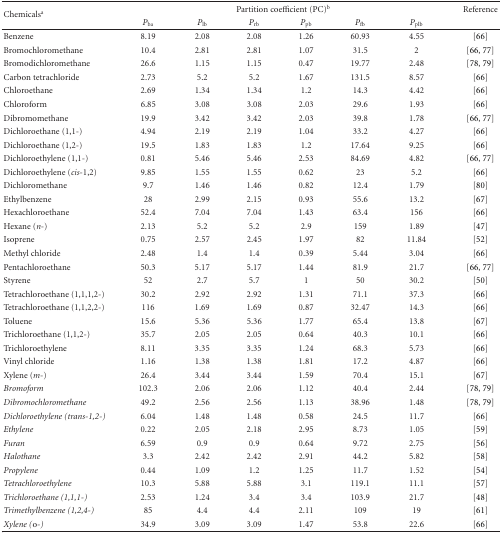
<table><thead><tr><td rowspan="2"><b>Chemicals<sup>a</sup></b></td><td colspan="6"><b>Partition coefficient (PC)<sup>b</sup></b></td><td><b>Reference</b></td></tr><tr><td><b><i>P</i><sub>ba</sub></b></td><td><b><i>P</i><sub>lb</sub></b></td><td><b><i>P</i><sub>rb</sub></b></td><td><b><i>P</i><sub>pb</sub></b></td><td><b><i>P</i><sub>fb</sub></b></td><td><b><i>P</i><sub>plb</sub></b></td><td></td></tr></thead><tbody><tr><td>Benzene</td><td>8.19</td><td>2.08</td><td>2.08</td><td>1.26</td><td>60.93</td><td>4.55</td><td>[66]</td></tr><tr><td>Bromochloromethane</td><td>10.4</td><td>2.81</td><td>2.81</td><td>1.07</td><td>31.5</td><td>2</td><td>[66, 77]</td></tr><tr><td>Bromodichloromethane</td><td>26.6</td><td>1.15</td><td>1.15</td><td>0.47</td><td>19.77</td><td>2.48</td><td>[78, 79]</td></tr><tr><td>Carbon tetrachloride</td><td>2.73</td><td>5.2</td><td>5.2</td><td>1.67</td><td>131.5</td><td>8.57</td><td>[66]</td></tr><tr><td>Chloroethane</td><td>2.69</td><td>1.34</td><td>1.34</td><td>1.2</td><td>14.3</td><td>4.42</td><td>[66]</td></tr><tr><td>Chloroform</td><td>6.85</td><td>3.08</td><td>3.08</td><td>2.03</td><td>29.6</td><td>1.93</td><td>[66]</td></tr><tr><td>Dibromomethane</td><td>19.9</td><td>3.42</td><td>3.42</td><td>2.03</td><td>39.8</td><td>1.78</td><td>[66, 77]</td></tr><tr><td>Dichloroethane (1,1-)</td><td>4.94</td><td>2.19</td><td>2.19</td><td>1.04</td><td>33.2</td><td>4.27</td><td>[66]</td></tr><tr><td>Dichloroethane (1,2-)</td><td>19.5</td><td>1.83</td><td>1.83</td><td>1.2</td><td>17.64</td><td>9.25</td><td>[66]</td></tr><tr><td>Dichloroethylene (1,1-)</td><td>0.81</td><td>5.46</td><td>5.46</td><td>2.53</td><td>84.69</td><td>4.82</td><td>[66, 77]</td></tr><tr><td>Dichloroethylene (<i>cis</i>-1,2)</td><td>9.85</td><td>1.55</td><td>1.55</td><td>0.62</td><td>23</td><td>5.2</td><td>[66]</td></tr><tr><td>Dichloromethane</td><td>9.7</td><td>1.46</td><td>1.46</td><td>0.82</td><td>12.4</td><td>1.79</td><td>[80]</td></tr><tr><td>Ethylbenzene</td><td>28</td><td>2.99</td><td>2.15</td><td>0.93</td><td>55.6</td><td>13.2</td><td>[67]</td></tr><tr><td>Hexachloroethane</td><td>52.4</td><td>7.04</td><td>7.04</td><td>1.43</td><td>63.4</td><td>156</td><td>[66]</td></tr><tr><td>Hexane (<i>n</i>-)</td><td>2.13</td><td>5.2</td><td>5.2</td><td>2.9</td><td>159</td><td>1.89</td><td>[47]</td></tr><tr><td>Isoprene</td><td>0.75</td><td>2.57</td><td>2.45</td><td>1.97</td><td>82</td><td>11.84</td><td>[52]</td></tr><tr><td>Methyl chloride</td><td>2.48</td><td>1.4</td><td>1.4</td><td>0.39</td><td>5.44</td><td>3.04</td><td>[66]</td></tr><tr><td>Pentachloroethane</td><td>50.3</td><td>5.17</td><td>5.17</td><td>1.44</td><td>81.9</td><td>21.7</td><td>[66, 77]</td></tr><tr><td>Styrene</td><td>52</td><td>2.7</td><td>5.7</td><td>1</td><td>50</td><td>30.2</td><td>[50]</td></tr><tr><td>Tetrachloroethane (1,1,1,2-)</td><td>30.2</td><td>2.92</td><td>2.92</td><td>1.31</td><td>71.1</td><td>37.3</td><td>[66]</td></tr><tr><td>Tetrachloroethane (1,1,2,2-)</td><td>116</td><td>1.69</td><td>1.69</td><td>0.87</td><td>32.47</td><td>14.3</td><td>[66]</td></tr><tr><td>Toluene</td><td>15.6</td><td>5.36</td><td>5.36</td><td>1.77</td><td>65.4</td><td>13.8</td><td>[67]</td></tr><tr><td>Trichloroethane (1,1,2-)</td><td>35.7</td><td>2.05</td><td>2.05</td><td>0.64</td><td>40.3</td><td>10.1</td><td>[66]</td></tr><tr><td>Trichloroethylene</td><td>8.11</td><td>3.35</td><td>3.35</td><td>1.24</td><td>68.3</td><td>5.73</td><td>[66]</td></tr><tr><td>Vinyl chloride</td><td>1.16</td><td>1.38</td><td>1.38</td><td>1.81</td><td>17.2</td><td>4.87</td><td>[66]</td></tr><tr><td>Xylene (<i>m</i>-)</td><td>26.4</td><td>3.44</td><td>3.44</td><td>1.59</td><td>70.4</td><td>15.1</td><td>[67]</td></tr><tr><td><i>Bromoform</i></td><td>102.3</td><td>2.06</td><td>2.06</td><td>1.12</td><td>40.4</td><td>2.44</td><td>[78, 79]</td></tr><tr><td><i>Dibromochloromethane</i></td><td>49.2</td><td>2.56</td><td>2.56</td><td>1.13</td><td>38.96</td><td>1.48</td><td>[78, 79]</td></tr><tr><td><i>Dichloroethylene (trans-1,2-)</i></td><td>6.04</td><td>1.48</td><td>1.48</td><td>0.58</td><td>24.5</td><td>11.7</td><td>[66]</td></tr><tr><td><i>Ethylene</i></td><td>0.22</td><td>2.05</td><td>2.18</td><td>2.95</td><td>8.73</td><td>1.05</td><td>[59]</td></tr><tr><td><i>Furan</i></td><td>6.59</td><td>0.9</td><td>0.9</td><td>0.64</td><td>9.72</td><td>2.75</td><td>[56]</td></tr><tr><td><i>Halothane</i></td><td>3.3</td><td>2.42</td><td>2.42</td><td>2.91</td><td>44.2</td><td>5.82</td><td>[58]</td></tr><tr><td><i>Propylene</i></td><td>0.44</td><td>1.09</td><td>1.2</td><td>1.25</td><td>11.7</td><td>1.52</td><td>[54]</td></tr><tr><td><i>Tetrachloroethylene</i></td><td>10.3</td><td>5.88</td><td>5.88</td><td>3.1</td><td>119.1</td><td>11.1</td><td>[57]</td></tr><tr><td><i>Trichloroethane (1,1,1-)</i></td><td>2.53</td><td>1.24</td><td>3.4</td><td>3.4</td><td>103.9</td><td>21.7</td><td>[48]</td></tr><tr><td><i>Trimethylbenzene (1,2,4-)</i></td><td>85</td><td>4.4</td><td>4.4</td><td>2.11</td><td>109</td><td>19</td><td>[61]</td></tr><tr><td><i>Xylene (</i>o<i>-) </i></td><td>34.9</td><td>3.09</td><td>3.09</td><td>1.47</td><td>53.8</td><td>22.6</td><td>[66]</td></tr></tbody></table>